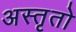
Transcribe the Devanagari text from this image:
अस्तृतो